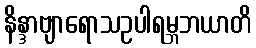
နိန္ဒာဗျာရောသဥပါရမ္ဘဘယာတိ